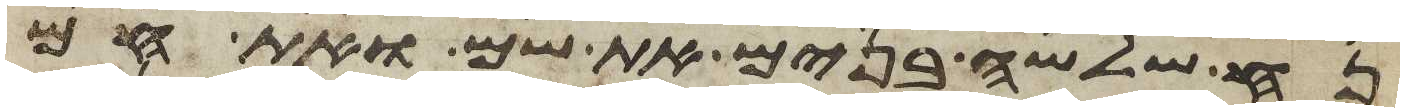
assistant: נח שלשה בנים את שם ואת חם